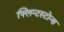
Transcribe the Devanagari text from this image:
फ्लिन्टस्टोन्स